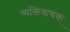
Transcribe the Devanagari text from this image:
व्यक्तिवाचक्